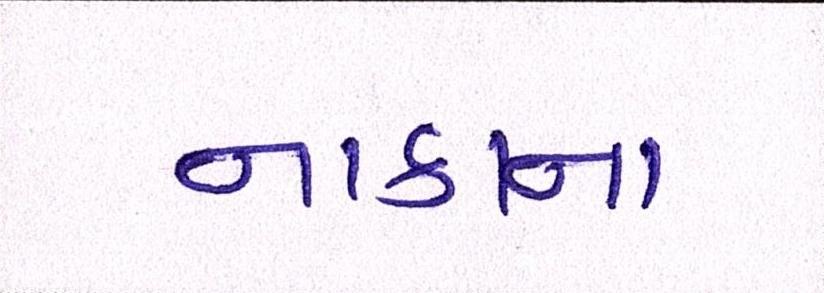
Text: નાકના